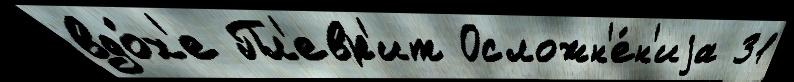
вдо́х'е Пл'евр'ит Осложн'е́н'иjа 31